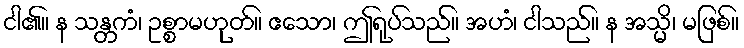
ငါ၏။ န သန္တကံ၊ ဥစ္စာမဟုတ်။ ဧသော၊ ဤရုပ်သည်။ အဟံ၊ ငါသည်။ န အသ္မိ၊ မဖြစ်။